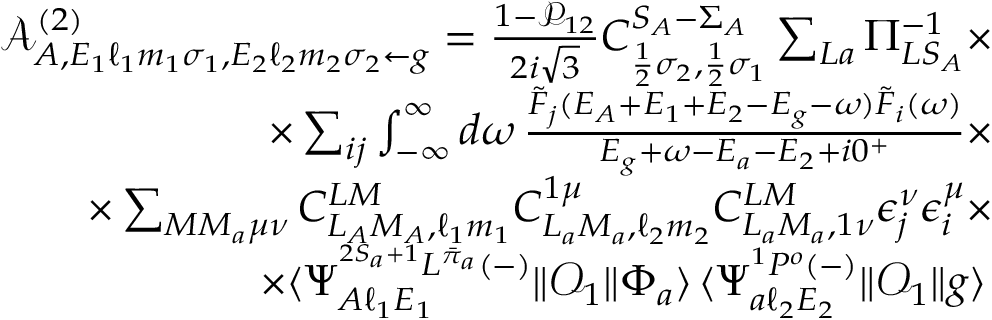
\begin{array} { r l r } & { } & { \mathcal { A } _ { A , E _ { 1 } \ell _ { 1 } m _ { 1 } \sigma _ { 1 } , E _ { 2 } \ell _ { 2 } m _ { 2 } \sigma _ { 2 } \gets g } ^ { ( 2 ) } = \frac { 1 - \mathcal { P } _ { 1 2 } } { 2 i \sqrt { 3 } } C _ { \frac { 1 } { 2 } \sigma _ { 2 } , \frac { 1 } { 2 } \sigma _ { 1 } } ^ { S _ { A } - \Sigma _ { A } } \sum _ { L a } \Pi _ { L S _ { A } } ^ { - 1 } \times } \\ & { } & { \qquad \times \sum _ { i j } \int _ { - \infty } ^ { \infty } d \omega \, \frac { \tilde { F } _ { j } ( E _ { A } + E _ { 1 } + E _ { 2 } - E _ { g } - \omega ) \tilde { F } _ { i } ( \omega ) } { E _ { g } + \omega - E _ { a } - E _ { 2 } + i 0 ^ { + } } \times } \\ & { } & { \qquad \times \sum _ { M M _ { a } \mu \nu } C _ { L _ { A } M _ { A } , \ell _ { 1 } m _ { 1 } } ^ { L M } C _ { L _ { a } M _ { a } , \ell _ { 2 } m _ { 2 } } ^ { 1 \mu } C _ { L _ { a } M _ { a } , 1 \nu } ^ { L M } \epsilon _ { j } ^ { \nu } \epsilon _ { i } ^ { \mu } \times } \\ & { } & { \qquad \times \langle \Psi _ { A \ell _ { 1 } E _ { 1 } } ^ { ^ { 2 S _ { a } + 1 } L ^ { \bar { \pi } _ { a } } ( - ) } \| \mathcal { O } _ { 1 } \| \Phi _ { a } \rangle \, \langle \Psi _ { a \ell _ { 2 } E _ { 2 } } ^ { { ^ 1 P ^ { o } } ( - ) } \| \mathcal { O } _ { 1 } \| g \rangle \, } \end{array}